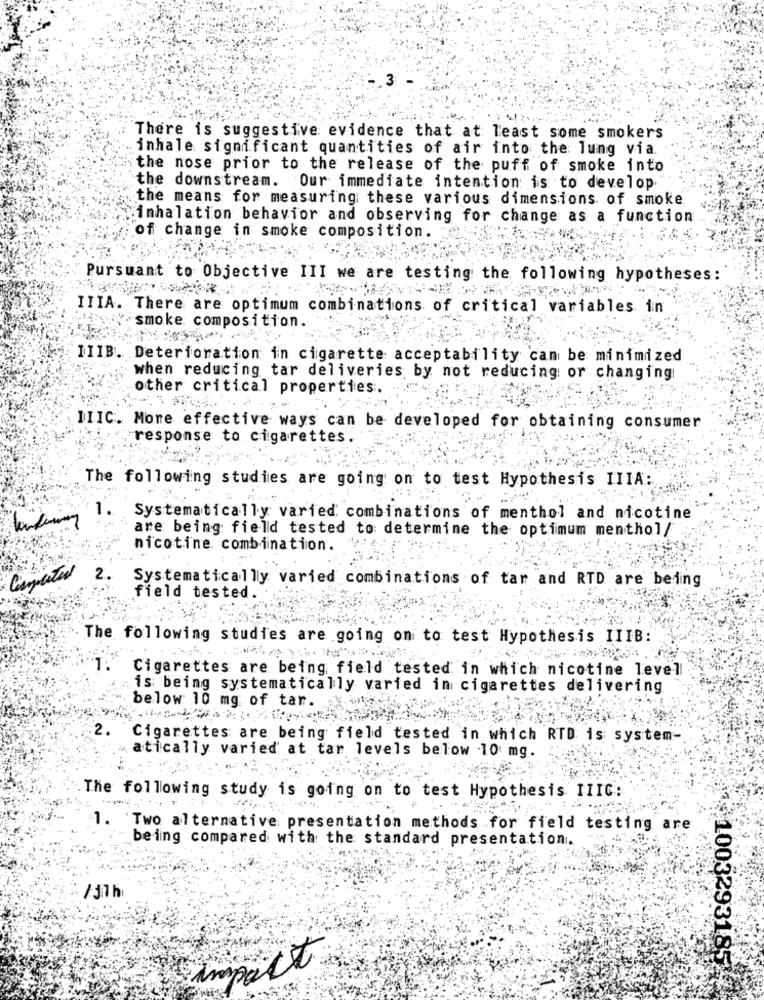
3
There is suggestive evidence that at least some smokers
inhale significant quantities of air into the lung via
the nose prior to the release of the puff of smoke into
the downstream. Our immediate intention is to develop.
the means for measuring these various dimensions of smoke
inhalation behavior and observing for change as a function
of change in smoke composition.
Pursuant to Objective III we are testing the following hypotheses:
IIIA. There are optimum combinations of critical variables in
smoke composition.
IIIB. Deterioration in cigarette acceptability can be minimized
when reducing tar deliveries by not reducing or changing
other critical properties
DIIC. More effective ways can be developed for obtaining consumer
response to cigarettes.
The following studies are going on to test Hypothesis IIIA:
Systematically varied combinations of menthol and nicotine
are being field tested to determine the optimum menthol/
nicotine. combination.
Completed
2.
Systematically varied combinations of tar and RTD are being
field tested.
The following studies are going on to test Hypothesis IIIB:
Cigarettes are being field tested in which nicotine level
is being systematically varted in cigarettes delivering
below 10 mg of tar.
2.
Cigarettes are being field tested in which RTD is system-
atically varied at tar levels below 10 mg.
.The following study is going on to test Hypothesis IIIC:
Two alternative presentation methods for field testing are
being compared with the standard presentation.
/11 h
impact.
:1003293185